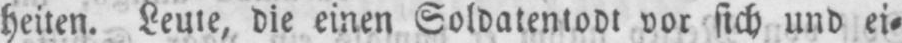
heiten. Leute, die einen Soldatentodt vor sich und ei⸗